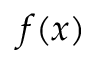
f ( x )